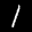
Digit: 1